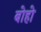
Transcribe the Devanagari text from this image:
बोहो